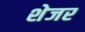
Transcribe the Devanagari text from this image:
शेजर